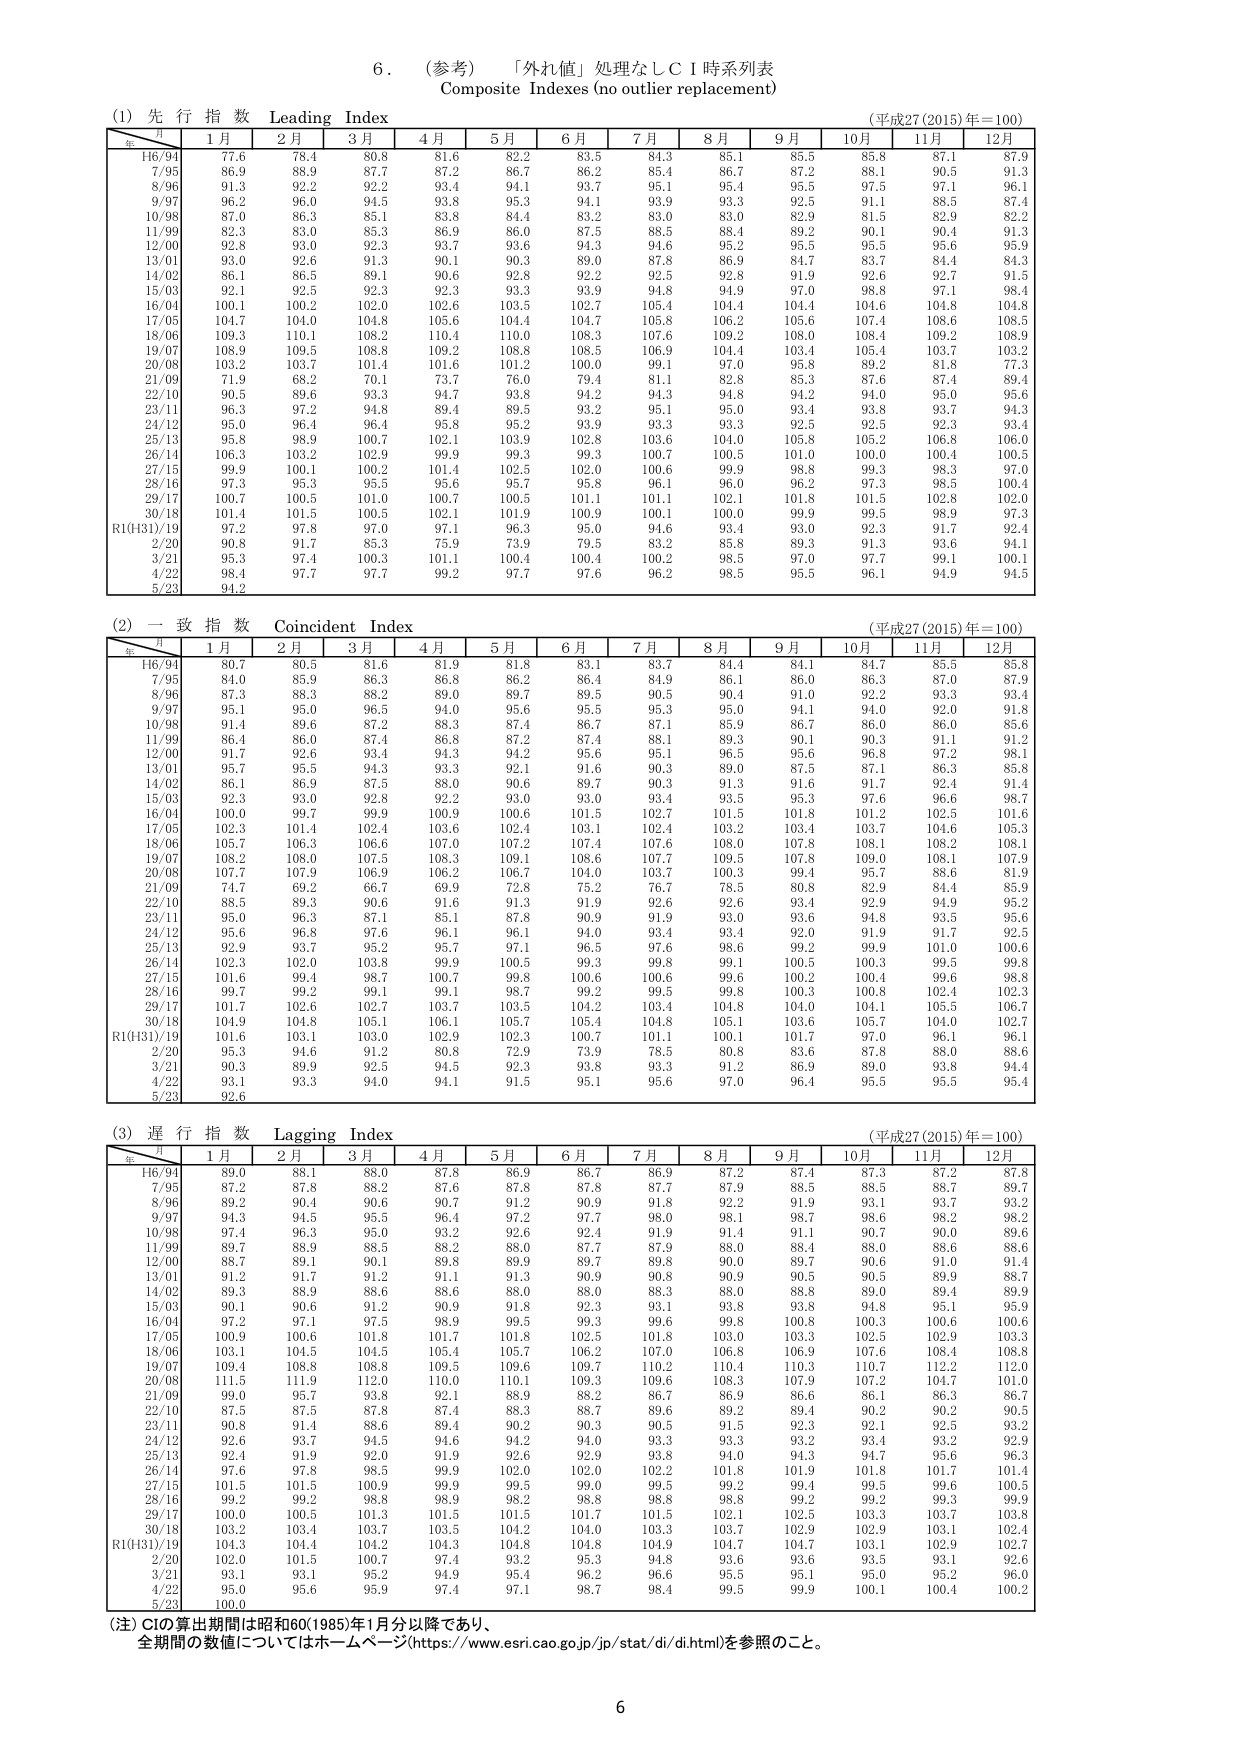
6．（参考）「外れ値」処理なしＣＩ時系列表
Composite Indexes (no outlier replacement)

(1) 先行指数 Leading Index
（平成27(2015)年＝100）
年／月　1月　2月　3月　4月　5月　6月　7月　8月　9月　10月　11月　12月
H6/94　77.6　78.4　80.8　81.6　82.2　83.5　84.3　85.1　85.5　85.8　87.1　87.9
7/95　86.9　88.9　87.7　87.2　86.7　86.2　85.4　86.7　87.2　88.1　90.5　91.3
8/96　91.3　92.2　92.2　93.4　94.1　93.7　95.1　95.4　95.5　97.5　97.1　96.1
9/97　96.2　96.0　94.5　93.8　95.3　94.1　93.9　93.3　92.5　91.1　88.5　87.4
10/98　87.0　86.3　85.1　83.8　84.4　83.2　83.0　83.0　82.9　81.5　82.9　82.2
11/99　82.3　83.0　85.3　86.9　86.0　87.5　88.5　88.4　89.2　90.1　90.4　91.3
12/00　92.8　93.0　92.3　93.7　93.6　94.3　94.6　95.2　95.5　95.5　95.6　95.9
13/01　93.0　92.6　91.3　90.1　90.3　89.0　87.8　86.9　84.7　83.7　84.4　84.3
14/02　86.1　86.5　89.1　90.6　92.8　92.2　92.5　92.8　91.9　92.6　92.7　91.5
15/03　92.1　92.5　92.3　92.3　93.3　93.9　94.8　94.9　97.0　98.8　97.1　98.4
16/04　100.1　100.2　102.0　102.6　103.5　102.7　105.4　104.4　104.4　104.6　104.8　104.8
17/05　104.7　104.0　104.8　105.6　104.4　104.7　105.8　106.2　105.6　107.4　108.6　108.5
18/06　109.3　110.1　108.2　110.4　110.0　108.3　107.6　109.2　108.0　108.4　109.2　108.9
19/07　108.9　109.5　108.8　109.2　108.8　108.5　104.1　106.9　104.4　105.4　103.7　103.2
20/08　103.2　103.7　101.4　101.6　101.2　100.0　99.1　97.0　95.8　89.2　81.8　77.3
21/09　71.9　68.2　70.1　73.7　76.0　79.4　81.1　82.8　85.3　87.6　87.4　89.4
22/10　90.5　89.6　93.3　94.7　93.8　94.2　94.3　94.8　94.2　94.0　95.0　95.6
23/11　96.3　97.2　94.8　89.4　89.5　93.2　95.1　95.0　93.4　93.8　93.7　94.3
24/12　95.0　96.4　96.4　95.8　95.2　93.9　93.3　93.3　92.5　92.5　92.3　93.4
25/13　95.8　98.9　100.7　102.1　103.9　102.8　103.6　104.0　105.8　105.2　106.8　106.0
26/14　106.3　103.2　102.9　99.9　99.3　99.3　100.7　100.5　101.0　100.0　100.4　100.5
27/15　99.9　100.1　100.2　101.4　102.5　102.0　100.6　99.9　98.8　99.3　98.3　97.0
28/16　97.3　95.3　95.5　95.6　95.7　95.8　96.1　96.0　96.2　97.3　98.5　100.4
29/17　100.7　100.5　101.0　100.7　100.5　101.1　101.1　102.1　101.8　101.5　102.8　102.0
30/18　101.4　101.5　100.5　102.1　101.9　100.9　100.1　100.0　99.9　99.5　98.9　97.3
R1(H31)/19　97.2　97.8　97.0　97.1　96.3　95.0　94.6　93.4　93.0　92.3　91.7　92.4
2/20　90.8　91.7　85.3　75.9　73.9　79.5　83.2　85.8　89.3　91.3　93.6　94.1
3/21　95.3　97.4　100.3　101.1　100.4　100.4　100.2　98.5　97.0　97.7　99.1　100.1
4/22　98.4　97.7　97.7　99.2　97.7　97.6　96.2　98.5　95.5　96.1　94.9　94.5
5/23　94.2

(2) 一致指数 Coincident Index
（平成27(2015)年＝100）
年／月　1月　2月　3月　4月　5月　6月　7月　8月　9月　10月　11月　12月
H6/94　80.7　80.5　81.6　81.9　81.8　83.1　83.7　84.4　84.1　84.7　85.5　85.8
7/95　84.0　85.9　86.3　86.8　86.2　86.4　84.9　86.1　86.0　86.3　87.0　87.9
8/96　87.3　88.3　88.2　89.0　89.7　89.5　90.5　90.4　91.0　92.2　93.3　93.4
9/97　95.1　95.0　96.5　94.0　95.6　95.5　95.3　95.0　94.1　94.0　92.0　91.8
10/98　91.4　89.6　87.2　88.3　87.4　86.7　87.1　85.9　86.7　86.0　86.0　85.6
11/99　86.4　86.0　87.4　86.8　87.2　87.4　88.1　89.3　90.1　90.3　91.1　91.2
12/00　91.7　92.6　93.4　94.3　94.2　95.6　95.1　96.5　95.6　96.8　97.2　98.1
13/01　95.7　95.5　94.3　93.3　92.1　91.6　90.3　89.0　87.5　87.1　86.3　85.8
14/02　86.1　86.9　87.5　88.0　90.6　89.7　90.3　91.3　91.6　91.7　92.4　91.4
15/03　92.3　93.0　92.8　92.2　93.0　93.0　93.4　93.5　95.3　97.6　96.6　98.7
16/04　100.0　99.7　99.9　100.6　100.6　101.5　102.7　101.5　101.8　101.2　102.5　101.6
17/05　102.3　101.4　102.4　103.6　102.4　103.4　103.4　103.2　103.4　103.7　104.6　105.3
18/06　105.7　106.3　106.6　107.0　107.2　107.4　107.6　108.0　107.8　108.1　108.2　108.1
19/07　108.2　108.0　107.5　108.3　109.1　108.6　107.7　109.5　107.8　109.0　108.1　107.9
20/08　107.7　107.9　106.9　106.2　106.7　104.0　103.7　100.3　99.4　95.7　88.6　81.9
21/09　74.7　69.2　66.7　69.9　72.8　75.2　76.7　78.5　80.8　82.9　84.4　85.9
22/10　88.5　89.3　90.6　91.6　91.3　91.9　92.6　92.6　93.4　92.9　94.9　95.2
23/11　95.0　96.3　87.1　85.1　87.8　90.9　91.9　93.0　93.6　94.8　93.5　95.6
24/12　95.6　96.8　97.6　96.1　96.1　94.0　93.4　93.4　92.0　91.9　91.7　92.5
25/13　92.9　93.7　95.2　95.7　97.1　96.5　97.6　98.6　99.2　99.9　101.0　100.6
26/14　102.3　102.0　103.8　99.9　100.5　99.3　99.8　99.1　100.5　100.3　99.5　99.8
27/15　101.6　99.4　98.7　100.7　99.8　100.6　100.6　99.6　100.2　100.4　99.6　98.8
28/16　99.7　99.2　99.1　99.1　98.7　99.2　99.5　99.8　100.3　100.8　102.4　102.3
29/17　101.7　102.6　102.7　103.7　103.5　104.2　103.4　104.8　104.0　104.1　105.5　106.7
30/18　104.9　104.8　105.1　106.1　105.7　105.4　104.8　105.1　103.6　105.7　104.0　102.7
R1(H31)/19　101.6　103.1　103.1　102.9　102.3　100.9　101.1　101.7　101.7　97.0　96.1　96.3
2/20　95.3　94.6　91.2　80.8　72.9　73.9　83.6　80.8　81.6　87.8　88.0　88.6
3/21　90.3　89.9　92.5　94.5　92.3　93.8　93.3　91.2　86.9　89.0　93.8　94.4
4/22　93.1　93.3　94.0　94.1　91.5　95.1　95.6　97.0　96.4　95.5　95.5　95.4
5/23　92.6

(3) 遅行指数 Lagging Index
（平成27(2015)年＝100）
年／月　1月　2月　3月　4月　5月　6月　7月　8月　9月　10月　11月　12月
H6/94　89.0　88.1　88.0　87.8　86.9　86.7　86.9　87.2　87.4　87.3　87.2　87.8
7/95　87.2　87.8　88.2　87.6　87.8　87.8　87.7　87.9　88.5　88.5　88.7　89.7
8/96　89.2　90.4　90.6　90.7　91.2　90.9　91.8　92.2　91.9　93.1　93.7　93.2
9/97　94.3　94.5　95.5　96.4　97.2　97.7　98.0　98.1　98.7　98.6　98.2　98.2
10/98　97.4　96.3　95.0　93.2　92.6　92.4　91.9　91.4　91.1　90.7　90.0　89.6
11/99　89.7　88.9　88.5　88.2　88.0　87.7　87.9　88.0　88.4　88.0　88.6　88.6
12/00　88.7　89.1　90.1　89.8　89.9　89.7　89.8　90.0　89.7　90.6　91.0　91.4
13/01　91.2　91.7　91.2　91.1　91.3　90.9　90.8　90.9　90.5　90.5　89.9　88.7
14/02　88.3　88.9　88.0　88.6　88.0　88.0　88.3　88.0　88.8　89.0　89.0　89.9
15/03　90.1　90.6　91.2　90.9　91.8　92.3　93.1　93.8　93.8　94.8　95.1　95.9
16/04　97.2　97.1　97.5　98.9　99.5　99.3　99.6　99.8　100.8　100.3　100.6　100.6
17/05　100.9　100.6　101.8　101.7　101.8　102.5　101.8　103.0　103.3　102.5　102.9　103.3
18/06　103.1　104.5　104.5　105.4　105.7　106.2　107.0　106.8　106.9　107.6　108.4　108.8
19/07　109.4　108.8　108.8　109.5　109.6　109.7　110.2　110.4　110.3　110.7　112.2　112.0
20/08　111.5　111.9　112.0　110.0　110.1　109.3　109.6　108.3　107.9　107.2　104.7　101.0
21/09　99.0　95.7　93.8　92.1　88.9　88.2　86.7　86.9　86.6　86.1　86.3　86.7
22/10　87.5　87.5　87.8　87.4　88.3　88.7　89.6　89.2　89.4　90.2　90.2　90.5
23/11　90.8　91.4　88.6　89.4　90.2　90.3　90.5　91.5　92.3　92.1　92.5　93.2
24/12　92.6　93.7　94.5　94.6　94.2　94.0　93.3　93.3　93.2　93.4　93.2　92.9
25/13　92.4　91.9　92.0　91.9　92.6　92.9　93.8　94.0　94.3　94.7　95.6　96.3
26/14　97.6　97.8　98.5　99.9　102.0　102.0　102.2　101.8　101.9　101.8　101.7　101.4
27/15　101.5　101.5　100.9　99.9　99.5　99.0　99.5　99.2　99.4　99.5　99.6　100.5
28/16　99.2　99.2　98.8　98.9　98.2　98.8　98.8　98.8　99.2　99.2　99.3　99.9
29/17　100.0　100.5　101.3　101.5　101.5　101.7　101.5　102.1　102.5　103.3　103.7　103.8
30/18　103.2　103.4　103.7　103.5　104.2　104.0　103.3　103.7　102.9　102.9　103.1　102.4
R1(H31)/19　104.3　104.4　104.2　104.3　104.8　104.8　104.9　104.7　104.7　103.1　102.9　102.7
2/20　102.0　101.5　100.7　97.4　93.2　95.3　94.8　93.6　93.6　93.5　93.1　92.6
3/21　93.1　93.1　95.2　94.9　95.4　96.2　96.6　95.5　95.1　95.0　95.2　96.0
4/22　95.0　95.6　95.9　97.4　97.1　98.7　98.4　99.5　99.9　100.1　100.4　100.2
5/23　100.0

（注）CIの算出期間は昭和60(1985)年1月分以降であり、
全期間の数値についてはホームページ(https://www.esri.cao.go.jp/jp/stat/di/di.html)を参照のこと。

6